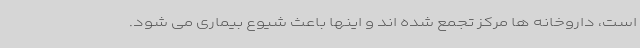
است، داروخانه ها مرکز تجمع شده اند و اینها باعث شیوع بیماری می شود.